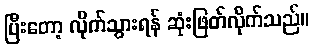
ပြီးတော့ လိုက်သွားရန် ဆုံးဖြတ်လိုက်သည်။